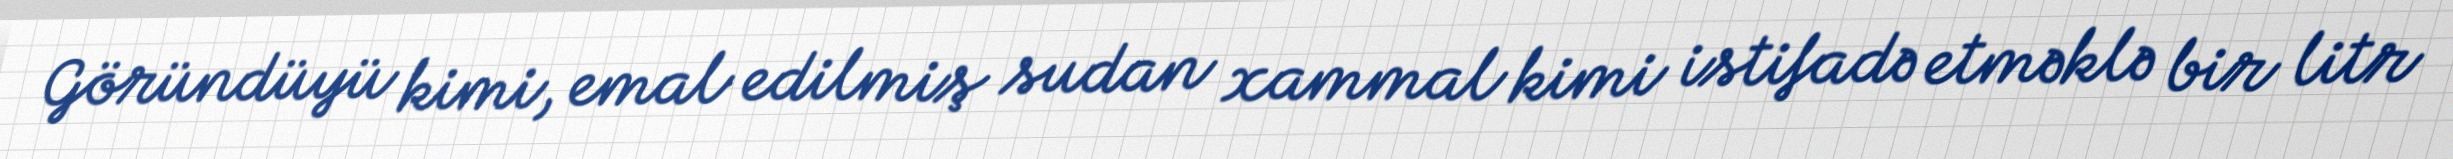
Göründüyü kimi, emal edilmiş sudan xammal kimi istifadə etməklə bir litr